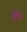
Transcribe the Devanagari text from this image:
जूता।